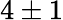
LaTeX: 4\pm 1